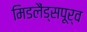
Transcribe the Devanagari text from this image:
मिडलैंड्सपूर्व